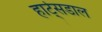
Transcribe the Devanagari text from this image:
हार्ट्‌सडाल